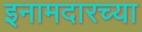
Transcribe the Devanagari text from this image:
इनामदारच्या